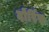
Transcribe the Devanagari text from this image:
दोर्रिस